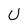
Character: U